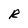
Character: R